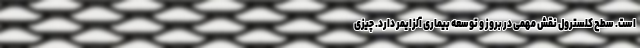
است. سطح کلسترول نقش مهمی در بروز و توسعه بیماری آلزایمر دارد. چیزی